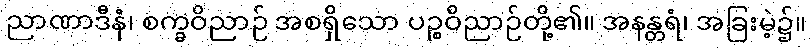
ညာဏာဒီနံ၊ စက္ခဝိညာဉ် အစရှိသော ပဉ္စဝိညာဉ်တို့၏။ အနန္တရံ၊ အခြးမဲ့၌။